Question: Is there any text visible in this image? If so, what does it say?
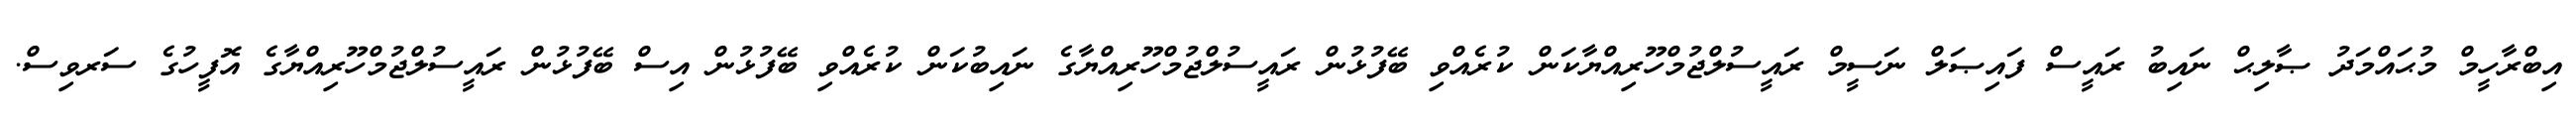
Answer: އިބްރާހީމް މުޙައްމަދު ޞާލިޙް ނައިބު ރައީސް ފައިޞަލް ނަސީމް ރައީސުލްޖުމްހޫރިއްޔާކަން ކުރެއްވި ބޭފުޅުން ރައީސުލްޖުމްހޫރިއްޔާގެ ނައިބުކަން ކުރެއްވި ބޭފުޅުން އިސް ބޭފުޅުން ރައީސުލްޖުމްހޫރިއްޔާގެ އޮފީހުގެ ސަރވިސް.